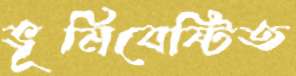
ভূমিবেষ্টিত